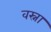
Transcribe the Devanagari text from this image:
वस्ना